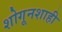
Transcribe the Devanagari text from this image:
शोगूनशाही